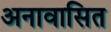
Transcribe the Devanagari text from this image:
अनावासित